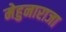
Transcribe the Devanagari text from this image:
मेहुनाराजा